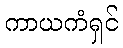
ကာယကံရှင်